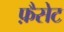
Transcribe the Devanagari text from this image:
फ़ैसेट